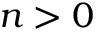
n > 0